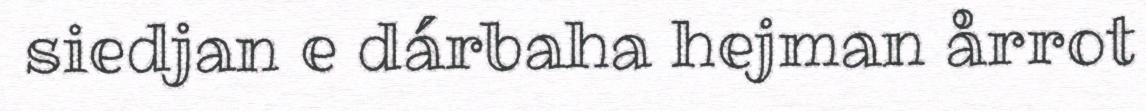
siedjan e dárbaha hejman årrot